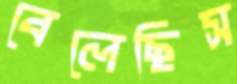
বেলেছিস